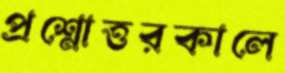
প্রশ্নোত্তরকালে